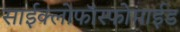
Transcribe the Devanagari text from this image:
साईक्लोफॉस्फोमाईड